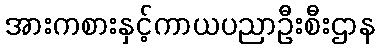
အားကစားနှင့်ကာယပညာဦးစီးဌာန